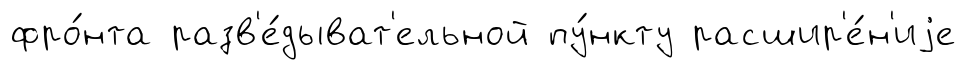
фро́нта разв'е́дыват'ельной пу́нкту расшир'е́н'иjе